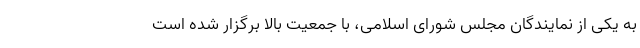
به یکی از نمایندگان مجلس شورای اسلامی، با جمعیت بالا برگزار شده است